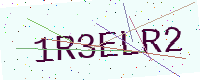
Text: 1R3ELR2